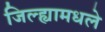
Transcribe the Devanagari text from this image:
जिल्ह्यामधले